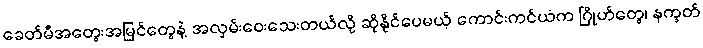
ခေတ်မီအတွေးအမြင်တွေနဲ့ အလှမ်းဝေးသေးတယ်လို့ ဆိုနိုင်ပေမယ့် ကောင်းကင်ယံက ဂြိုဟ်တွေ၊ နက္ခတ်